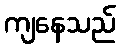
ကျနေသည်